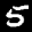
Label: 5